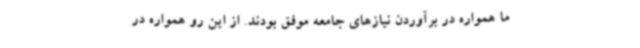
ما همواره در برآوردن نیازهای جامعه موفق بودند. از این رو همواره در